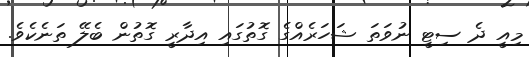
މިއީ ދެ ސިޓީ ނުވަތަ ޝަހަރެއްގެ ގޮތުގައި އިދާރީ ގޮތުން ބެލޭ ތަނެކެވެ.